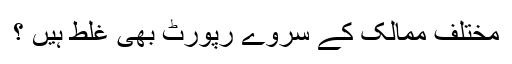
مختلف ممالک کے سروے رپورٹ بھی غلط ہیں ؟